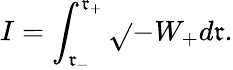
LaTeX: I=\int_{\mathfrak{r}_{-}}^{\mathfrak{r}_{+}}\sqrt{}{{-W_{+}}}d\mathfrak{r}.